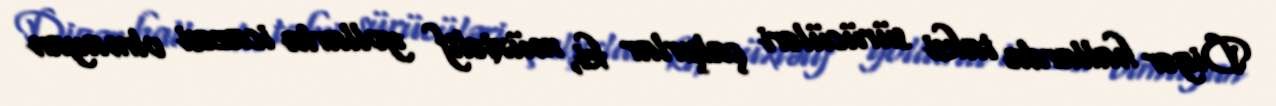
Digər hallarda taksi sürücüləri çalşırlar ki, müxtəlif yollarla icazəsi olmayan